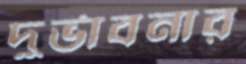
দুর্ভাবনার